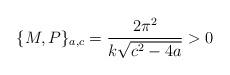
LaTeX: \begin{align*}\{M,P\}_{a,c}=\frac{2\pi^2}{k\sqrt{c^2-4a}}>0\end{align*}